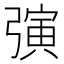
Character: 𪫂